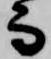
而